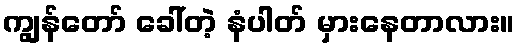
ကျွန်တော် ခေါ်တဲ့ နံပါတ် မှားနေတာလား။